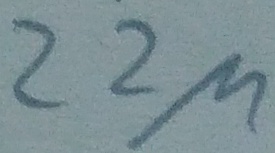
Text: 22µ